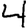
Digit: 4